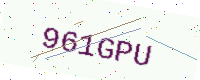
Text: 961GPU